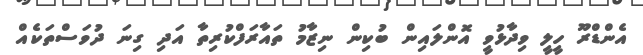
އެންޑްރޫ ހީލީ ވިދާޅުވީ އޮންލައިން ބުކިން ނިޒާމު ތައާރަފްކުރިތާ އަދި ގިނަ ދުވަސްތަކެއް